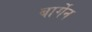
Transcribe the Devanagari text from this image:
बार्गेन